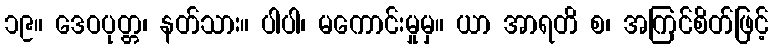
၁၉။ ဒေဝပုတ္တ၊ နတ်သား။ ပါပါ၊ မကောင်းမှုမှ။ ယာ အာရတိ စ၊ အကြင်စိတ်ဖြင့်